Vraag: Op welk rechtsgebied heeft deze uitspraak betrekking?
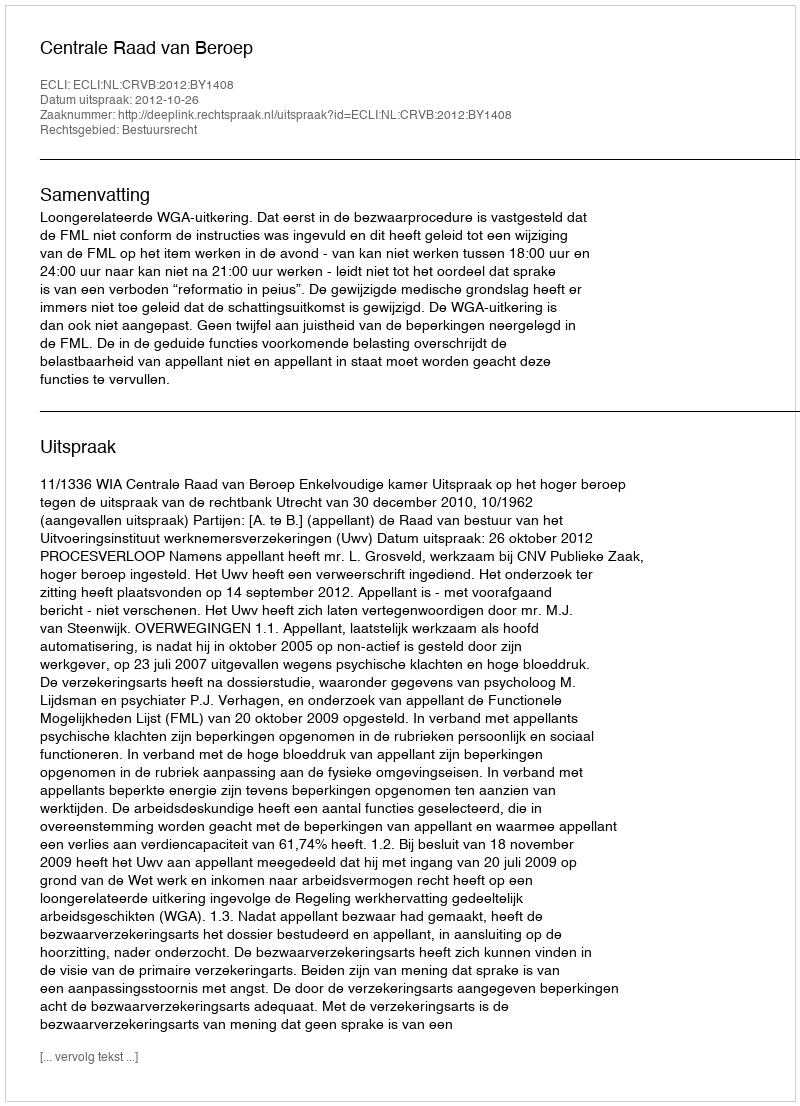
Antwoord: Bestuursrecht